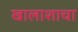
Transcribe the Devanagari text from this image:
खालाशाचा